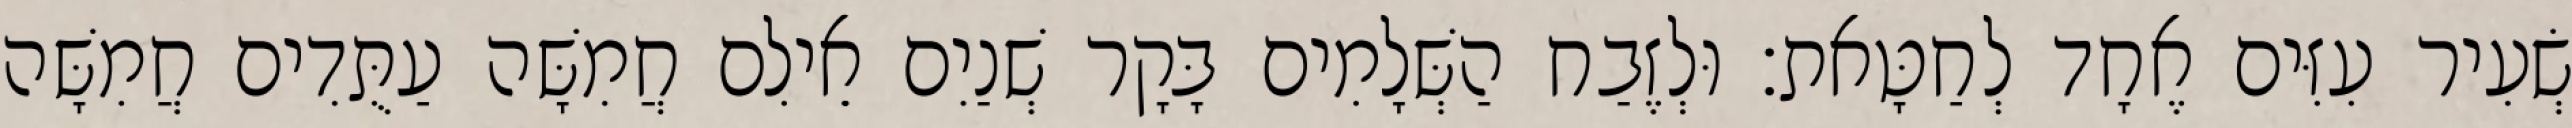
שְׂעִיר עִזִּים אֶחָד לְחַטָּאת׃ וּלְזֶבַח הַשְּׁלָמִים בָּקָר שְׁנַיִם אֵילִם חֲמִשָּׁה עַתֻּדִים חֲמִשָּׁה